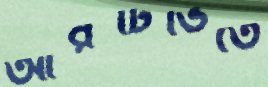
আরটিভিতে